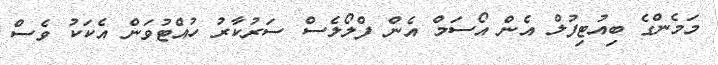
މަމެންގެ ބިއުޓިފުލް އެން އޯސަމް އެެން ފްލޯލެސް ސަރުކާރު ހުއްޓުވަން އެކަކު ވެސް